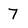
Character: 7